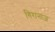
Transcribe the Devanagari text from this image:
गिरानाज़